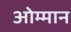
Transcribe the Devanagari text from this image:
ओम्मान